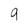
Character: 9